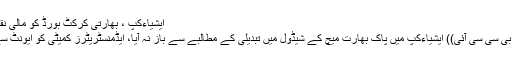
ایشیاءکپ ، بھارتی کرکٹ بورڈ کو مالی نقصان کھٹکنے لگا | Inqalaab News
ممبئی(نیوزڈیسک) بھارتی کرکٹ بورڈ((بی سی سی آئی)) ایشیاءکپ میں پاک بھارت میچ کے شیڈول میں تبدیلی کے مطالبے سے باز نہ آیا، ایڈمنسٹریٹرز کمیٹی کو ایونٹ سے یواے ای کی کمائی بھی کھٹکنے لگی۔